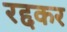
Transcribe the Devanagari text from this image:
रद्दकर